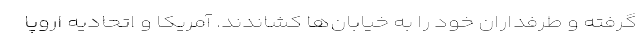
گرفته و طرفداران خود را به خیابان‌ها کشاندند. آمریکا و اتحادیه اروپا